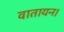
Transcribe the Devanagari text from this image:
वातायन।